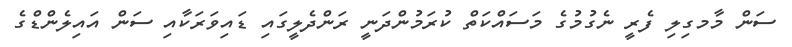
ސަން މާމގިލި ފެރީ ނެގުމުގެ މަސައްކަތް ކުރަމުންދަނީ ރަންދެލީގައި ޑައިވަރަކާއި ސަން އައިލެންޑްގެ